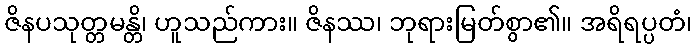
ဇိနပသုတ္တမန္တိ၊ ဟူသည်ကား။ ဇိနဿ၊ ဘုရားမြတ်စွာ၏။ အရိရပ္ပတံ၊